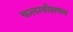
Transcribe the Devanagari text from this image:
कलावीक्षणम